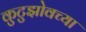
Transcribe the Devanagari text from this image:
कुटुझोवच्या